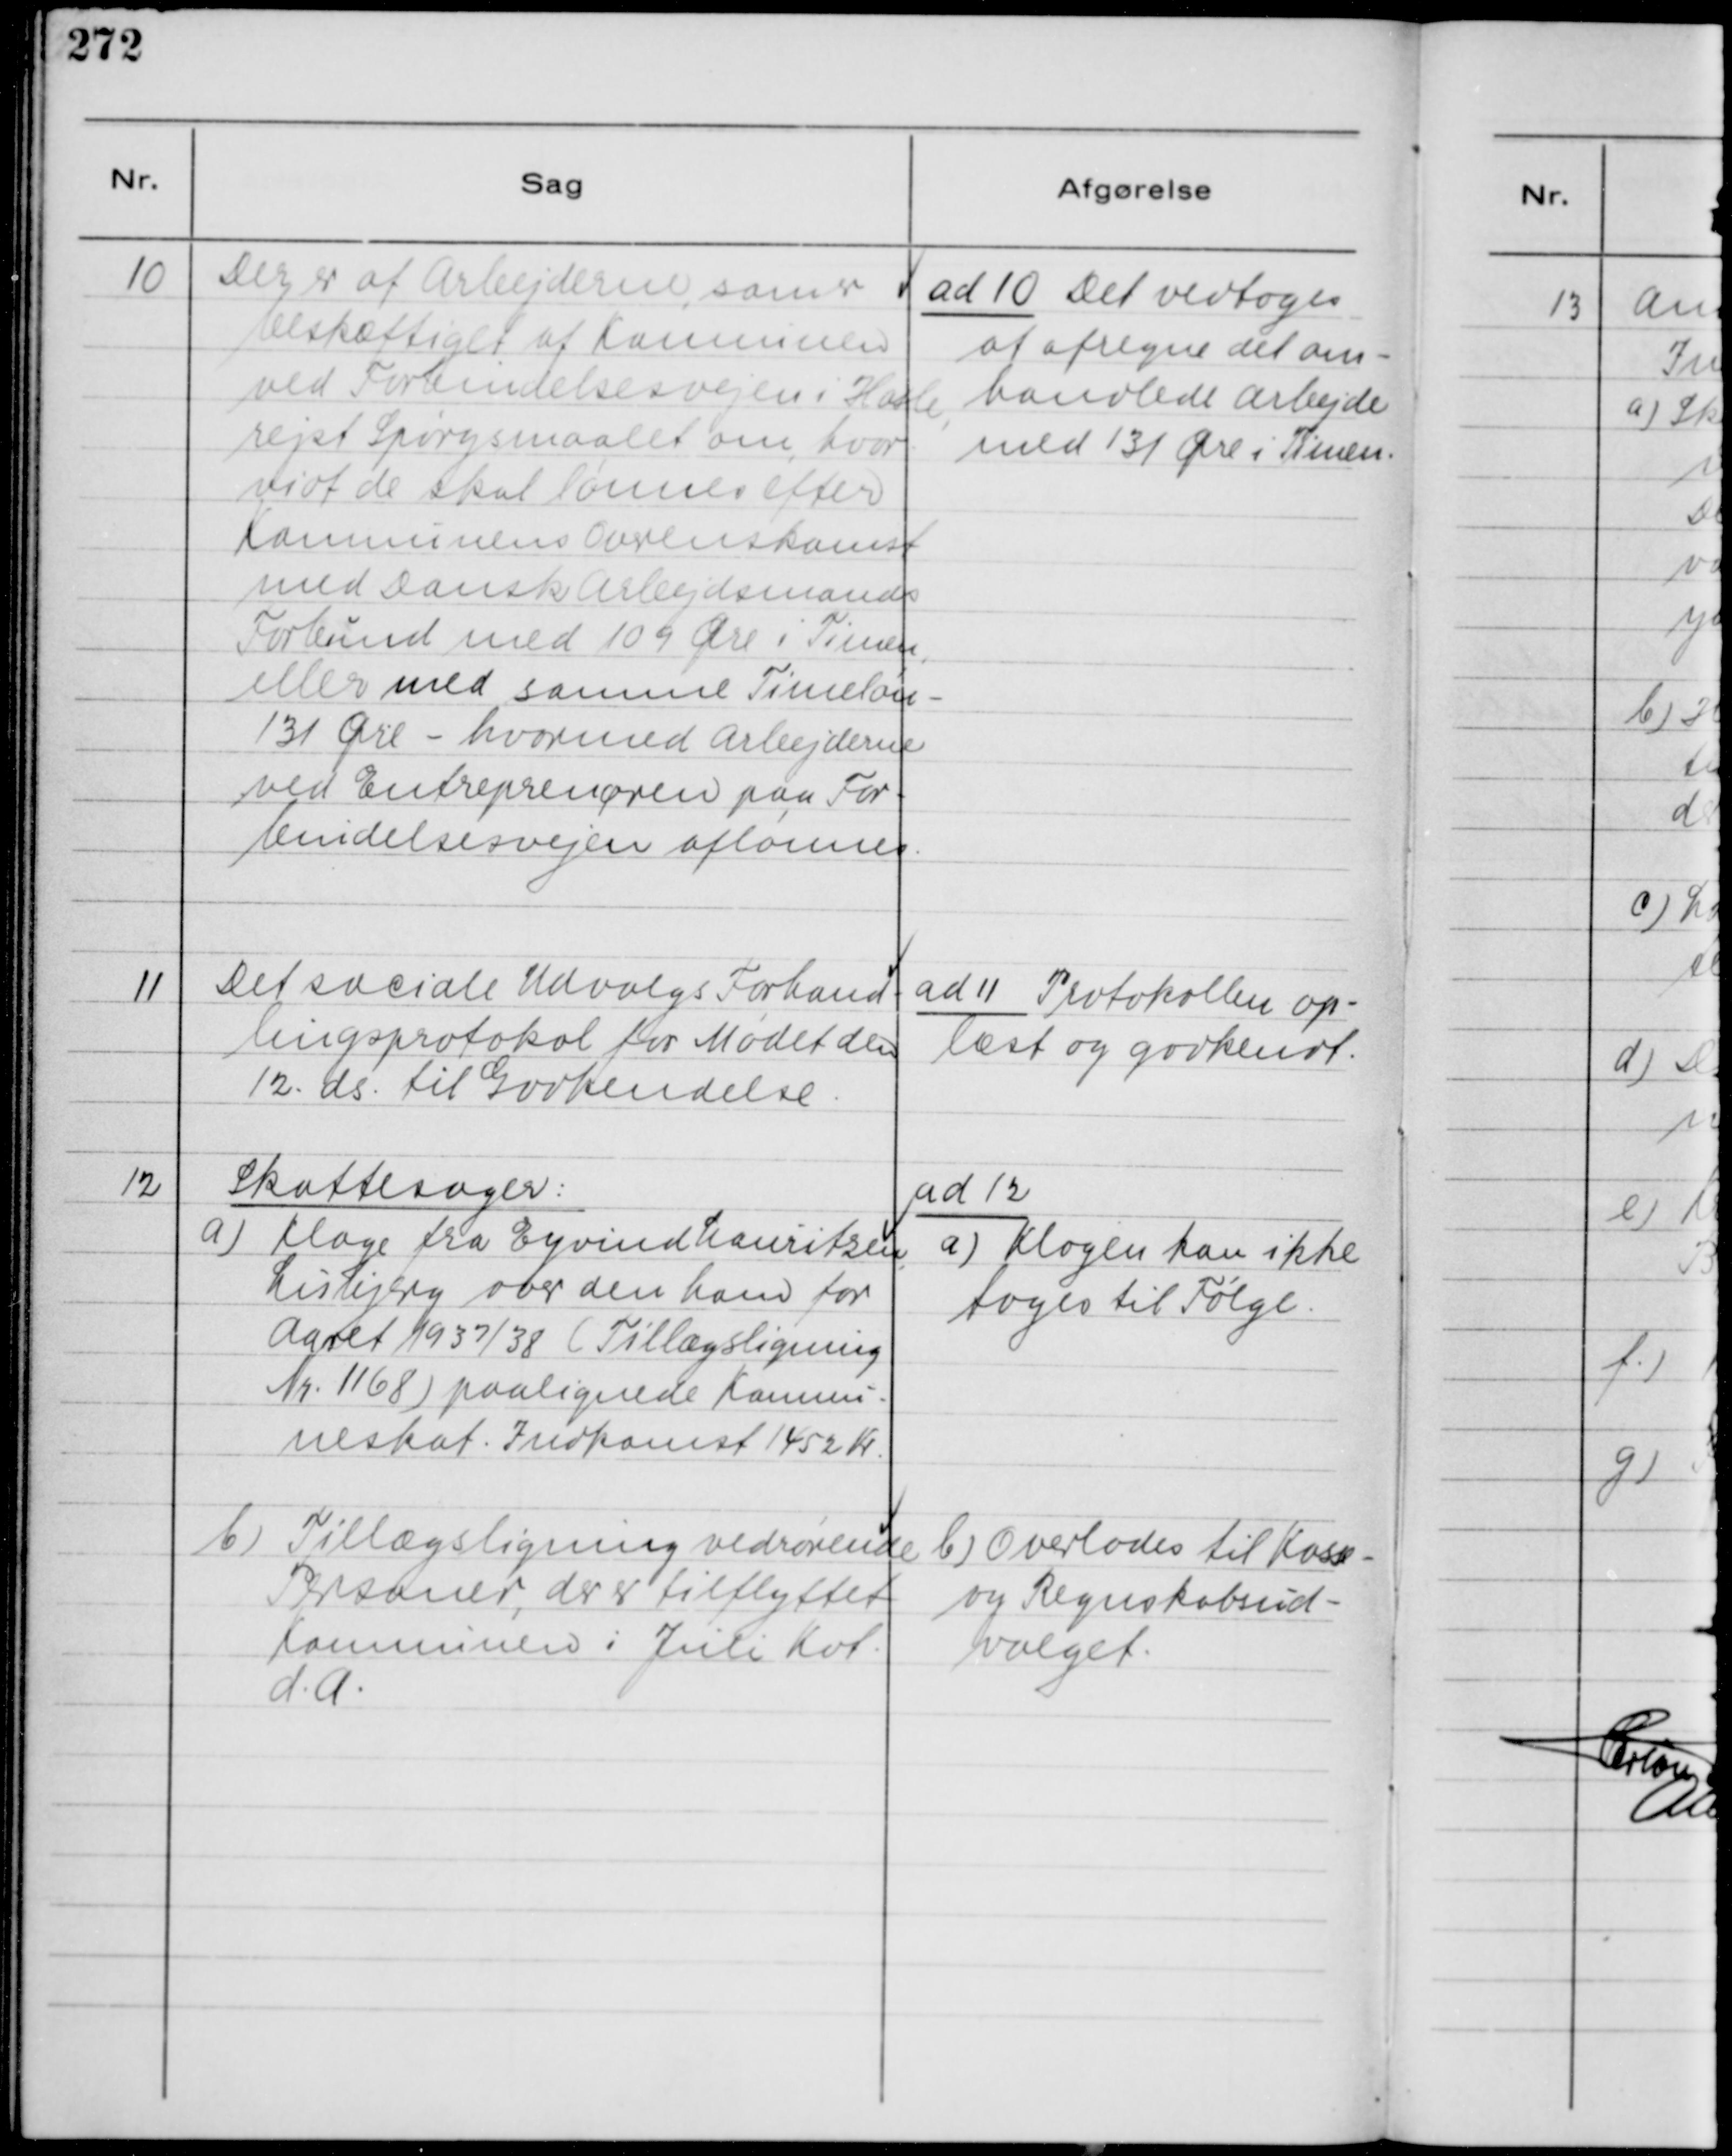
Transskription:
10
Der er af Arbejderne, som er
beskæftiget af Komnunen
ved Forbindelsesvejen i Hasle,
rejst Spørgsmaalet om, hvor-
vidt de skal lønnes efter
Komnunens Overenskomst
med Dansk Arbejdsmands
Forbund med 109 Øre i Timen,
eller med samme Timeløn -
131 Øre - hvormed Arbejderne
ved Entreprenøren paa For-
bindelsesvejen aflønnes.

ad 10 Det vedtoges
at afregne det om-
handlede Arbejde
med 131 Øre i Timen.

11
Det sociale Udvalgs Forhand-
lingsprotokol for Mødet den
12. ds. til Godkendelse.

ad 11 Protokollen op-
læst og godkendt.

12
Skattesager:
a) Klage fra Eyvind Lauritzen,
Lisbjerg over den ham for
Aaret 1937/38 ( Tillægsligning
Nr. 1168 ) paalignede Komnu-
neskat. Indkomst 1452 Kr.
b) Tillægsligning vedrørende
Personer, der er tilflyttet
Komnunen i Juli Kvt.
d. A.

ad 12
a) Klagen kan ikke
tages til Følge.
b) Overlodes til Kasse-
og Regnskabsud-
valget.